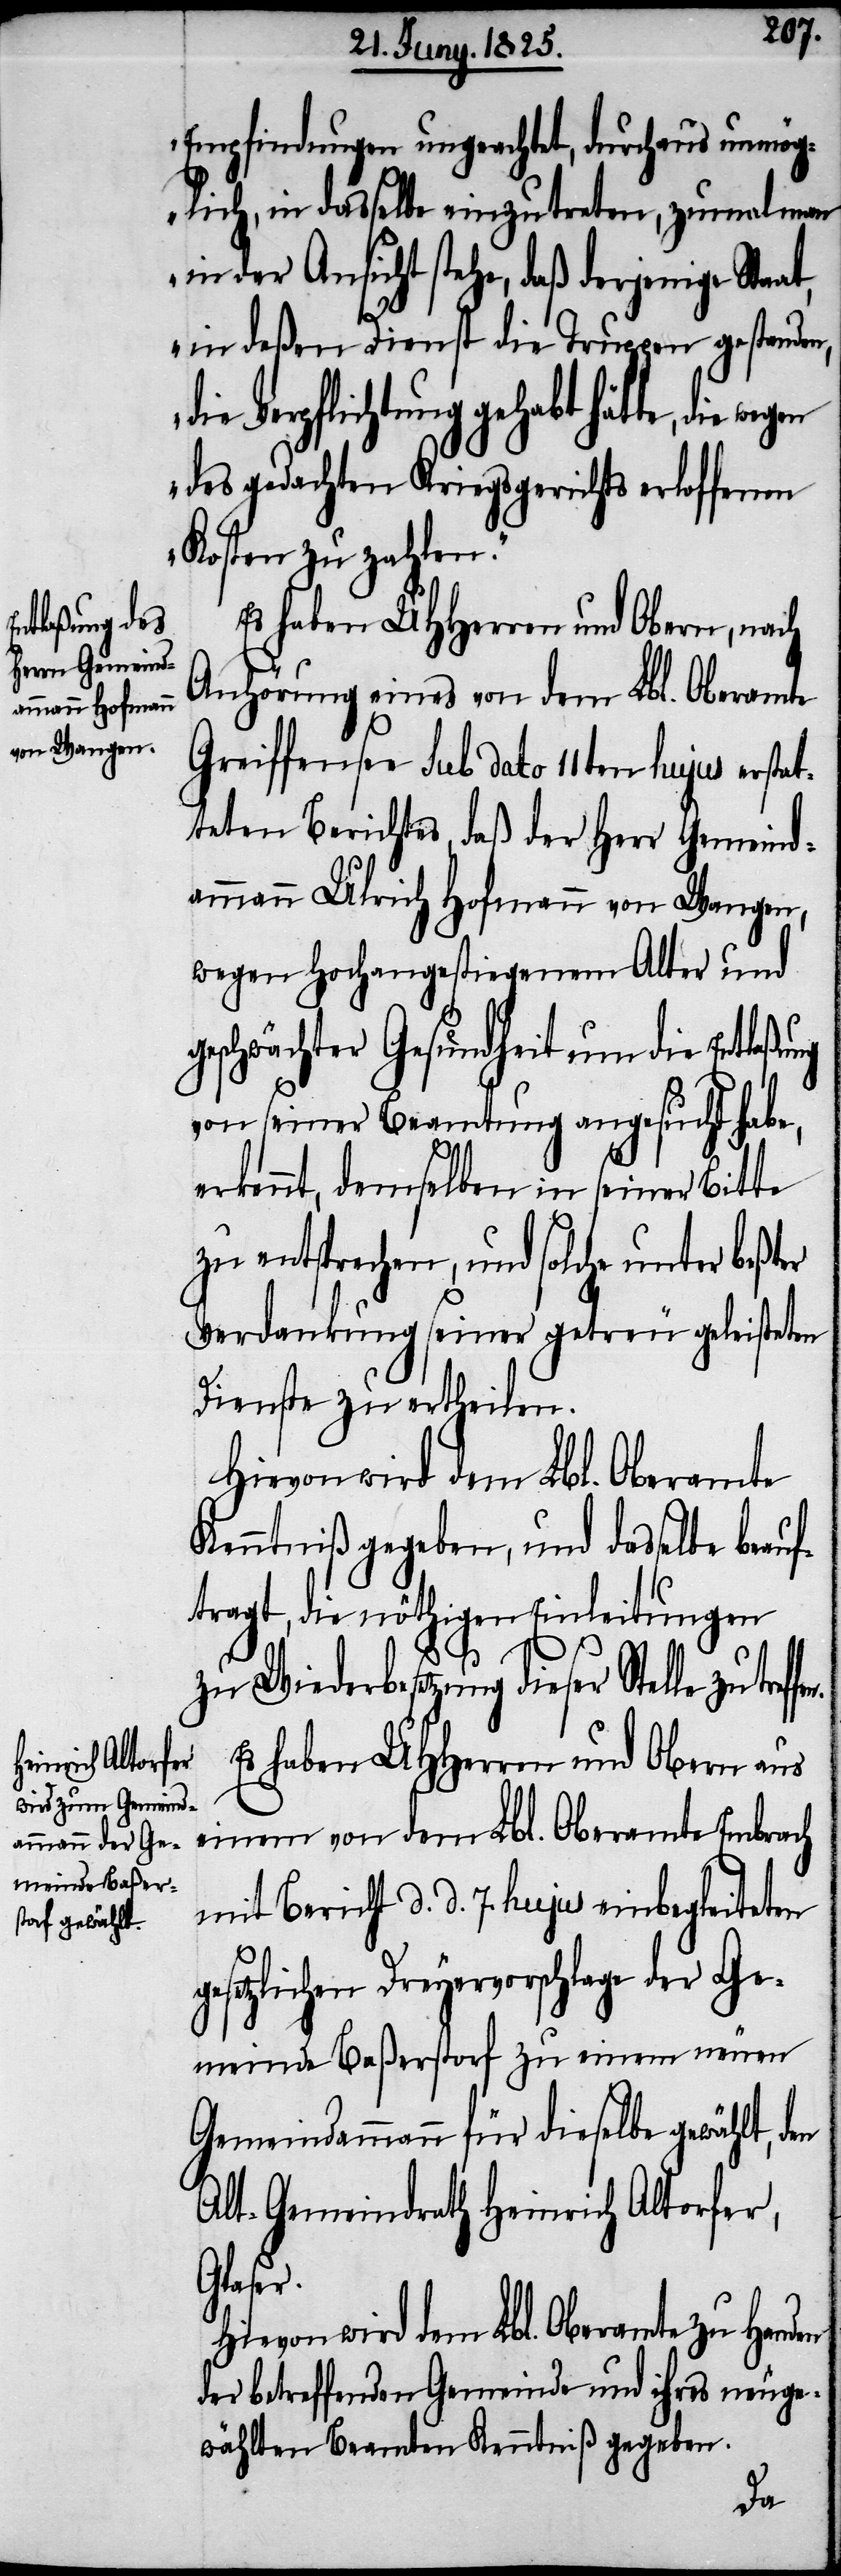
Empfindungen ungeachtet, durchaus unmög¬
lich, in dasselbe einzutreten, zumal man
in der Ansicht stehe, daß derjenige Sta¬
in deßen Dienst die Truppen gestanden,
Verpflichtung gehabt hätte, die
des gedachten Kriegsgerichts erloffenen
Kosten zu zahlen.“
Es haben UHHerren und Obern, nach
Anhörung eines von dem Lbl. Oberamte
Greiffensee sub dato 11ten hujus erstat¬
teten Berichtes, daß der Herr Gemeind¬
ammann Ulrich Hofmann von Wangen,
wegen hochangestiegenem Alter und
schwächter Gesundheit um die Entla¬
von seiner Beamtung angesucht habe,
erkennt, demselben in seiner Bitte
zu entsprechen, und solche unter beßter
Verdankung seiner getreu geleisteten
Dienste zu ertheilen.
Hievon wird dem Lbl. Oberamte
Kenntniß gegeben, und dasselbe beauf¬
tragt, die nöthigen Einleitungen
zu Wiederbesetzung dieser Stelle
Es haben UHHerren und Obern aus
einem von dem Lbl. Oberamte Embrach
mit Bericht d. d. 7. hujus einbegleiteten
setzlichen Dreyervorschlage der Ge¬
meinde Baßerstorf zu einem neuen
Gemeindammann für dieselbe gewählt, den
Alt-Gemeindrath Heinrich Altorfer,
ser.
Hievon wird dem Lbl. Oberamte zu Handen
der betreffenden Gemeinde und ihres neuge¬
wählten Beamten Kenntniß gegeben.
ßung